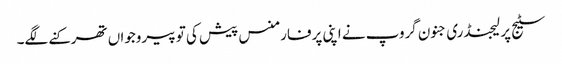
سٹیج پر لیجنڈری جنون گروپ نے اپنی پرفارمنس پیش کی تو پیروجواں تھرکنے لگے۔